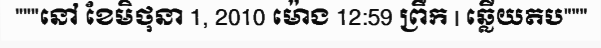
"""នៅ ខែមិថុនា 1, 2010 ម៉ោង 12:59 ព្រឹក | ឆ្លើយតប"""